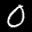
Label: 0